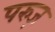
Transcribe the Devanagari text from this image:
परुज़